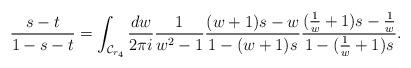
LaTeX: \begin{align*} \frac{ s-t}{1-s-t } = \int_{ \mathcal{C}_{r_4}} \frac{dw}{2\pi i } \frac{ 1}{w^2 -1 } \frac{(w+1)s-w}{1 -(w+1) s} \frac{(\frac{1}{w}+1)s-\frac{1}{w}}{1 -(\frac{1}{w}+1) s}. \end{align*}